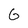
Character: G